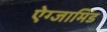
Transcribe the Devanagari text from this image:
ऐग्जामिंड